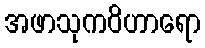
အဖာသုကဝိဟာရော